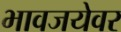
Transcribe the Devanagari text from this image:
भावजयेवर